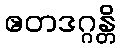
ဧတဒဂ္ဂန္တိ